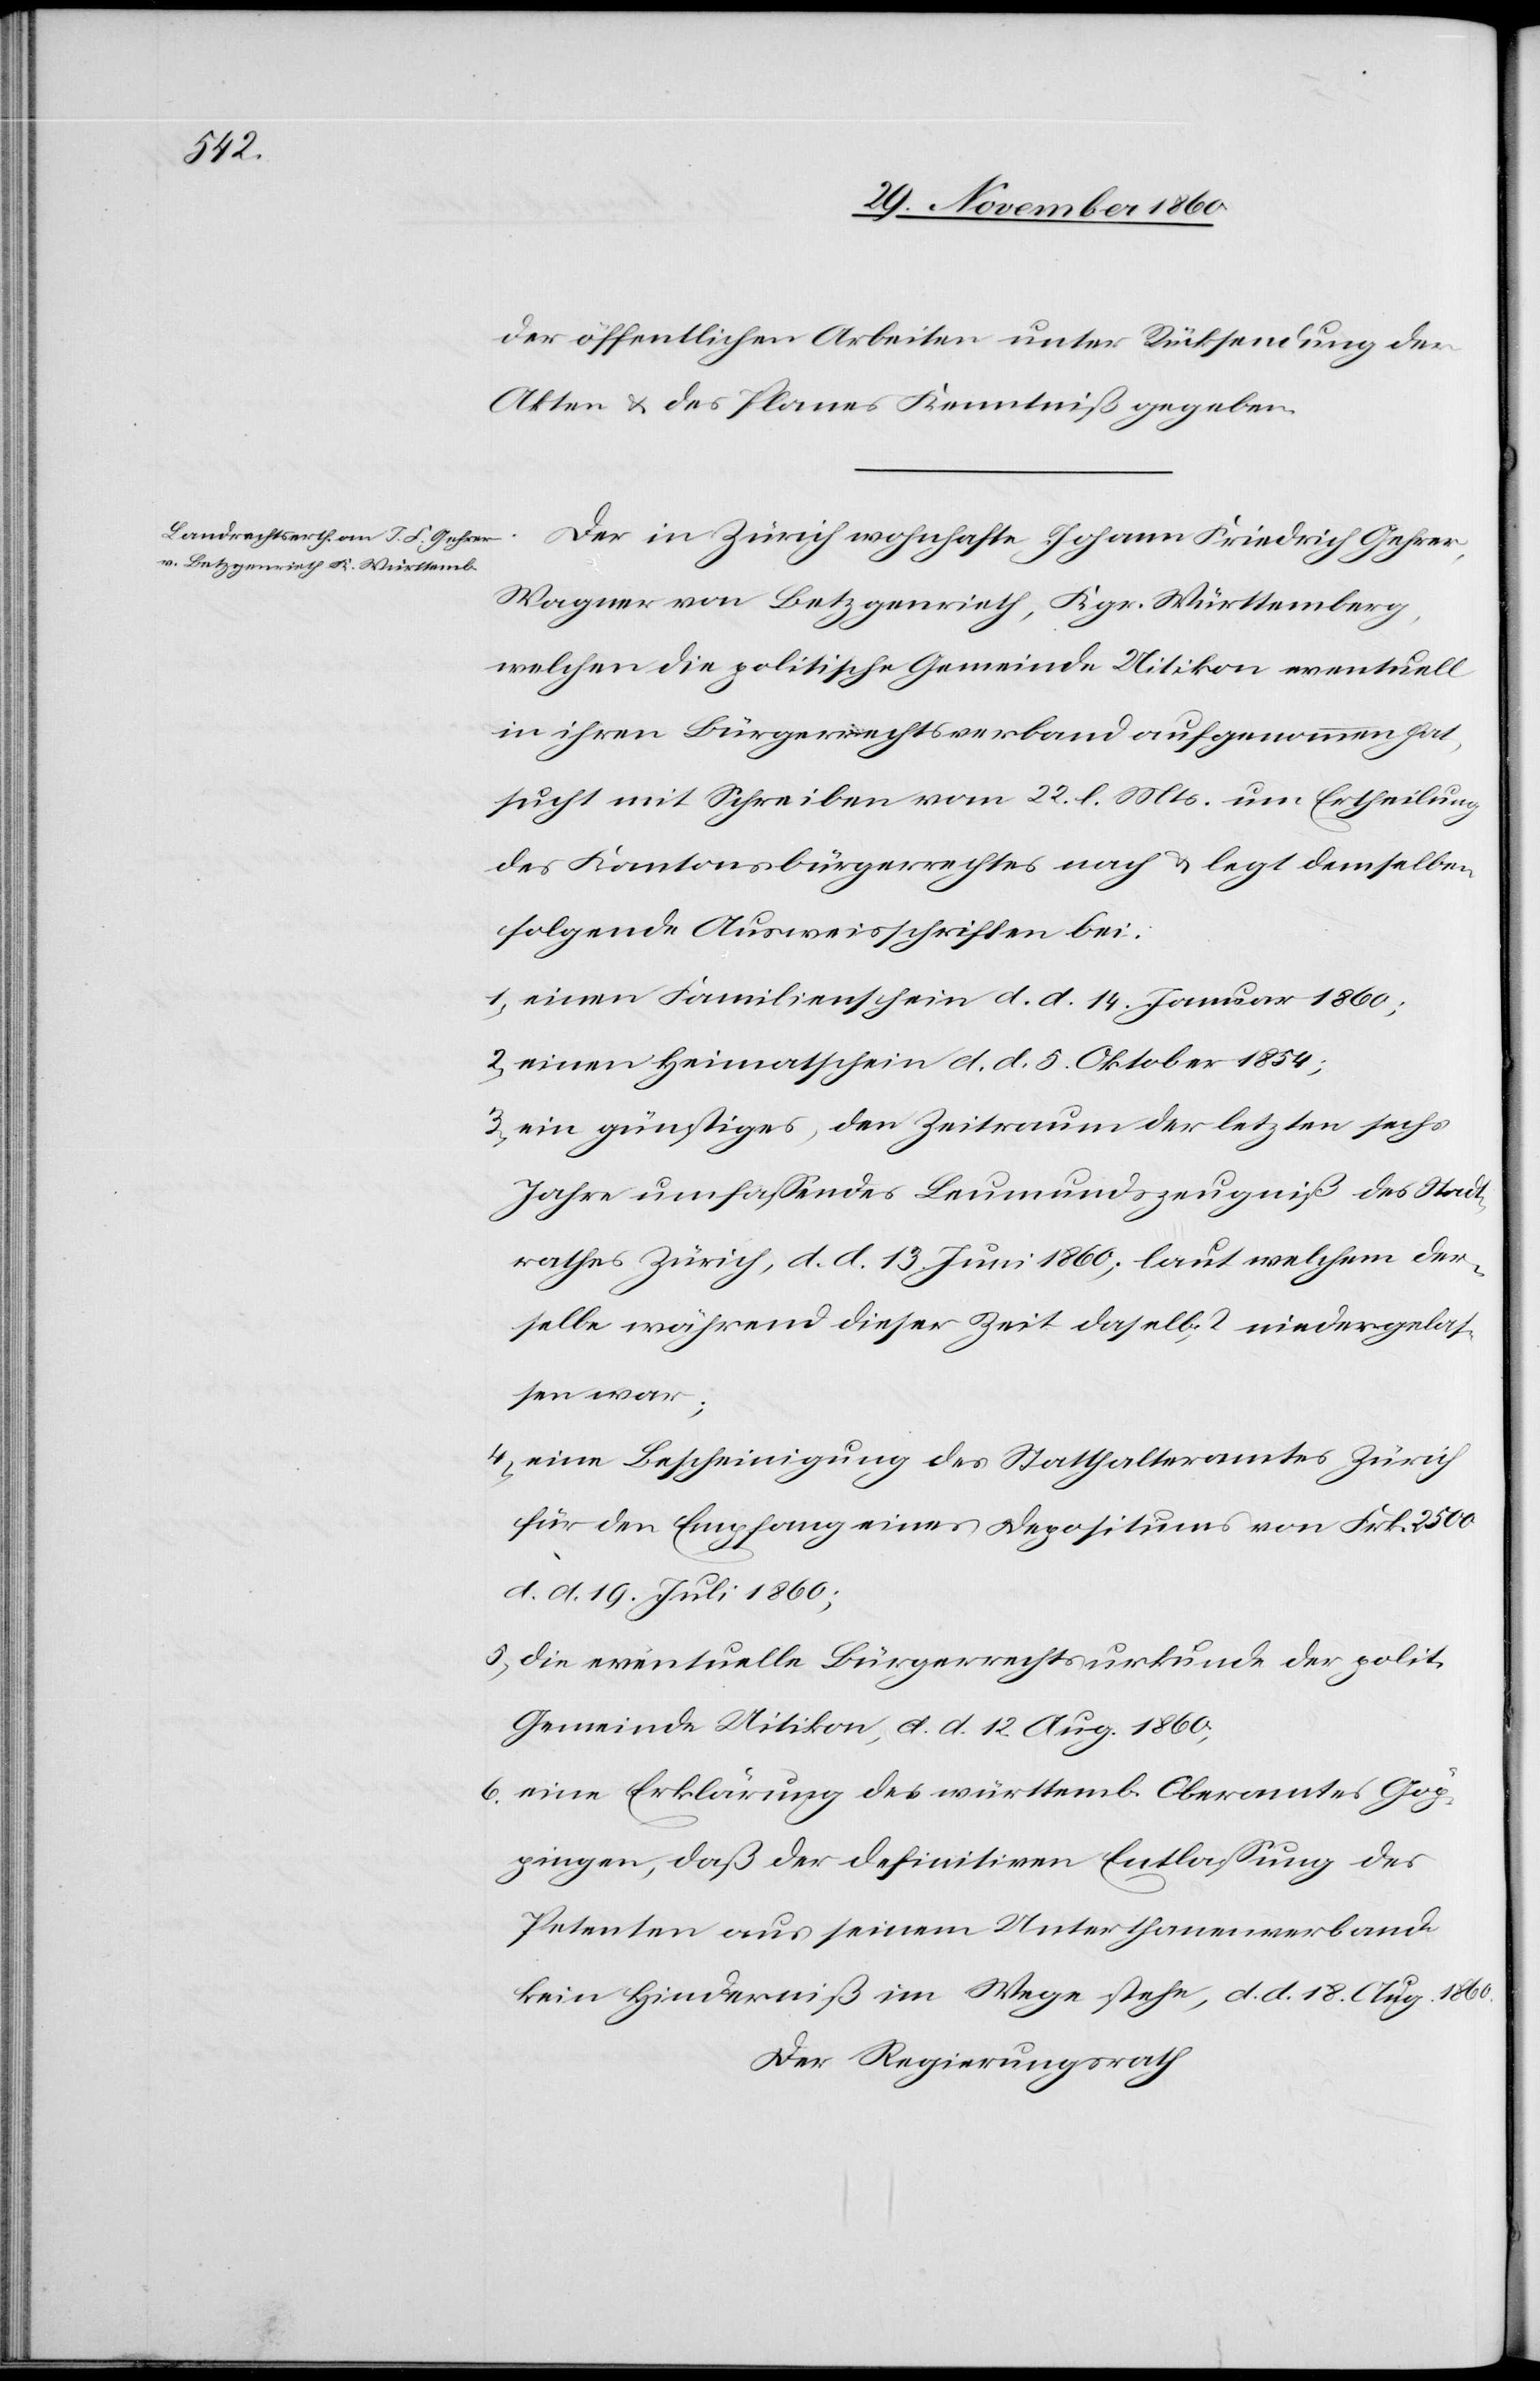
der öffentlichen Arbeiten unter Rücksendung der
Akten u. des Planes Kenntniß gegeben.
Der in Zürich wohnhafte Johann Friedrich Gehrer,
Wagner von Betzgenrieth, Kgr. Württemberg,
welchen die politische Gemeinde Uitikon eventuell
in ihrer Bürgerrechtsverband aufgenommen hat,
sucht mit Schreiben vom 22. l. Mts. um Ertheilung
des Kantonsbürgerrechtes nach u. legt demselben
folgende Ausweisschriften bei:
1) einen Familienschein d. d. 14. Januar 1860;
2) einen Heimatschein d. d. 5. Oktober 1854;
3) ein günstiges, den Zeitraum der letzten sechs
Jahre umfassendes Leumundszeugniß des Stadt¬
rathes Zürich, d. d. 13. Juni 1860; laut welchem der¬
selbe während dieser Zeit daselbst niedergelas¬
sen war;
4) eine Bescheinigung des Statthalteramtes Zürich
für den Empfang eines Depositums von Frk. 2500
d. d. 19. Juli 1860;
5) die eventuelle Bürgerrechtsurkunde der polit.
Gemeinde Uitikon, d. d. 12. Aug. 1860;
6) eine Erklärung des württemb. Oberamtes Göp¬
pingen, daß der definitiven Entlassung des
Petenten aus seinem Unterthanenverband
kein Hinderniß im Wege stehe, d. d. 18. Aug. 1860.
Der Regierungsrath